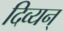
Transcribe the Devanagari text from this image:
दिव्यन्